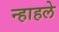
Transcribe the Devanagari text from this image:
न्हाहले